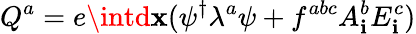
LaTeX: Q^{a}=e\intd\mathbf{x}(\psi^{\dagger}\lambda^{a}\psi+f^{abc}A_{\mathbf{i}}^{b}E_{\mathbf{i}}^{c})